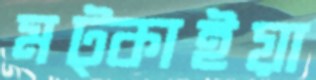
মট্কাইয়া